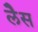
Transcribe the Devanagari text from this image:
लेैस